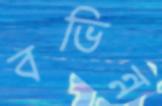
বভিন্ন